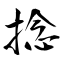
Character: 捻